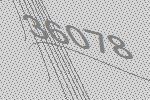
36078